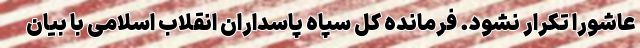
عاشورا تکرار نشود. فرمانده کل سپاه پاسداران انقلاب اسلامی با بیان